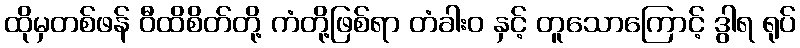
ထိုမှတစ်ဖန် ဝီထိစိတ်တို့ ကံတို့ဖြစ်ရာ တံခါးဝ နှင့် တူသောကြောင့် ဒွါရ ရုပ်